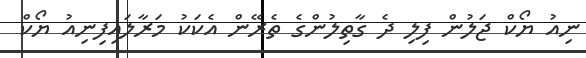
ނިއު ޔޯކް ޖަލުން ފިލި ދެ ގާތިލުންގެ ތެރޭން އެކަކު މަރާލައިފިނިއު ޔޯކް